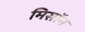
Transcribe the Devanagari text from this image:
मिसॉन